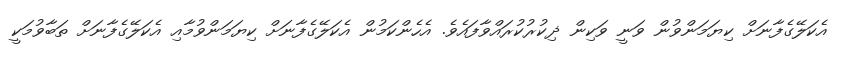
އެކަލޭގެފާނަށް ކިޔަމަންވުން ވަނީ ވަކިން ޛިކުރުކުރައްވާފައެވެ. އެހެންކަމުން އެކަލޭގެފާނަށް ކިޔަމަންވުމާއި އެކަލޭގެފާނަށް ތަބާވުމަކީ